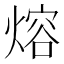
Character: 熔